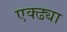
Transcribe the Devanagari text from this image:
एक्ढ्या